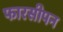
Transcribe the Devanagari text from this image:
फारसीपन